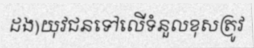
ដង)យុវជនទៅលើទំនួលខុសត្រូវ